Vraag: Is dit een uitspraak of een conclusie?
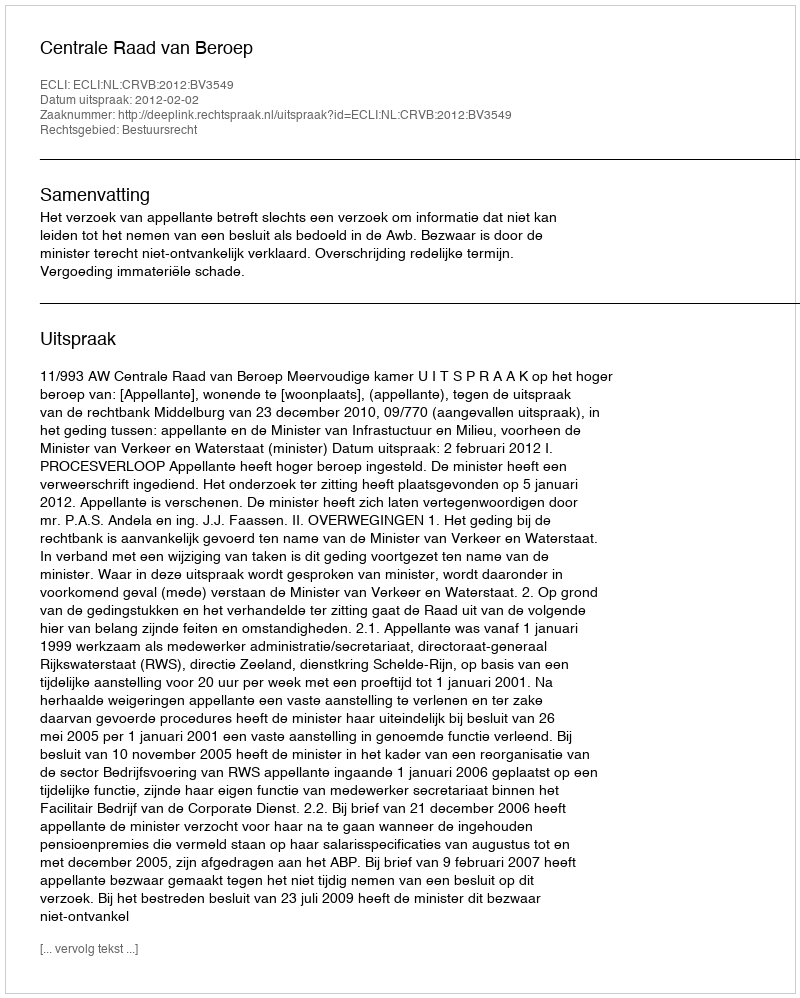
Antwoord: Uitspraak